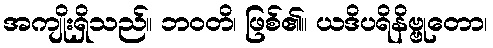
အကျိုးရှိသည်။ ဘဝတိ၊ ဖြစ်၏။ ယဒိပရိနိဗ္ဗုတော၊